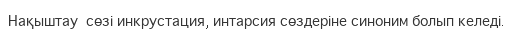
Нақыштау  сөзі инкрустация, интарсия сөздеріне синоним болып келеді.